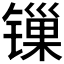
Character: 𬭲